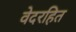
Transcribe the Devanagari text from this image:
वेदरहित